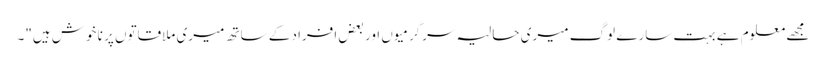
مجھے معلوم ہے بہت سارے لوگ میری حالیہ سرگرمیوں اور بعض افراد کے ساتھ میری ملاقاتوں پر نا خوش ہیں"۔